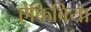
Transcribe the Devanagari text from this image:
ऐंफिबिया